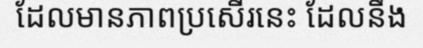
ដែលមានភាពប្រសើរនេះ ដែលនឹង